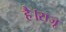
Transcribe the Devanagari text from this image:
है।राजू